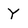
Character: Y